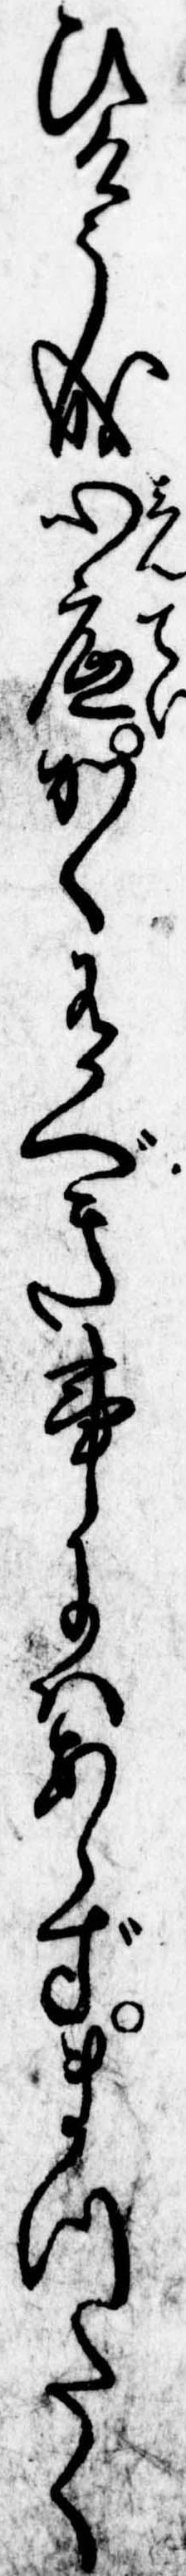
ひけう成心底かく有べき事にはあらずまつたく